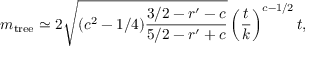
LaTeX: m _ { \mathrm { t r e e } } \simeq 2 \sqrt { ( c ^ { 2 } - 1 / 4 ) \frac { 3 / 2 - r ^ { \prime } - c } { 5 / 2 - r ^ { \prime } + c } } \left( \frac { t } { k } \right) ^ { c - 1 / 2 } t ,